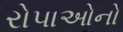
રોપાઓનો